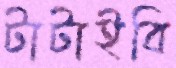
টাটাইবি